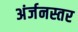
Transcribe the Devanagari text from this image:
अंर्जनस्तर